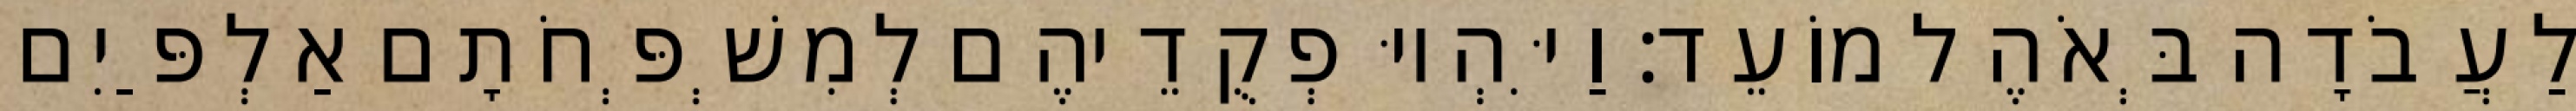
לַעֲבֹדָה בְּאֹהֶל מוֹעֵד׃ וַיִּהְיוּ פְקֻדֵיהֶם לְמִשְׁפְּחֹתָם אַלְפַּיִם